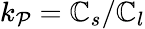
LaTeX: k_{\mathcal{P}}=\mathbb{C}_{s}/\mathbb{C}_{l}